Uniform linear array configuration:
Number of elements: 48
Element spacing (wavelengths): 0.25
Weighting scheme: blackman
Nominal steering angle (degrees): -45
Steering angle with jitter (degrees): -45.158
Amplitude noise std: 0.05
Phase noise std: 0.05

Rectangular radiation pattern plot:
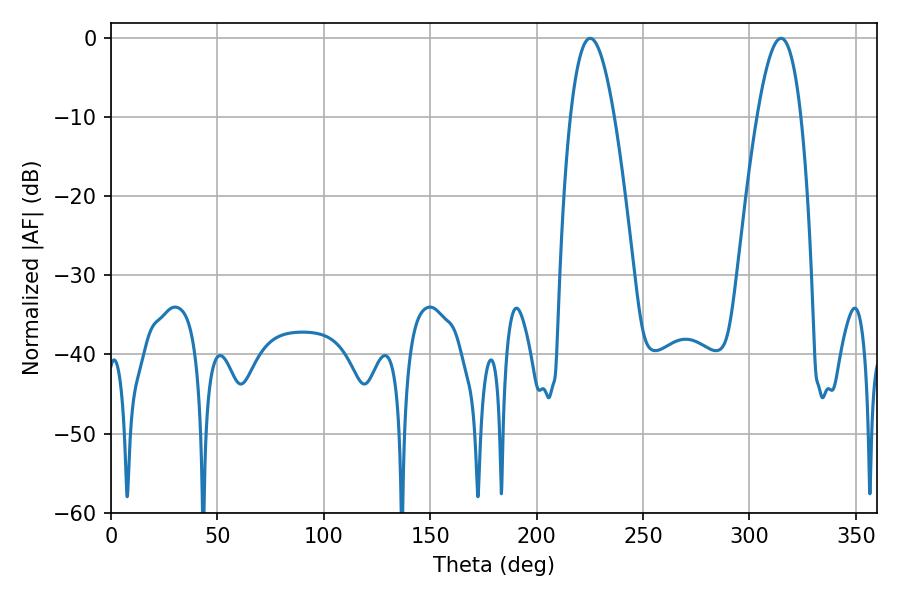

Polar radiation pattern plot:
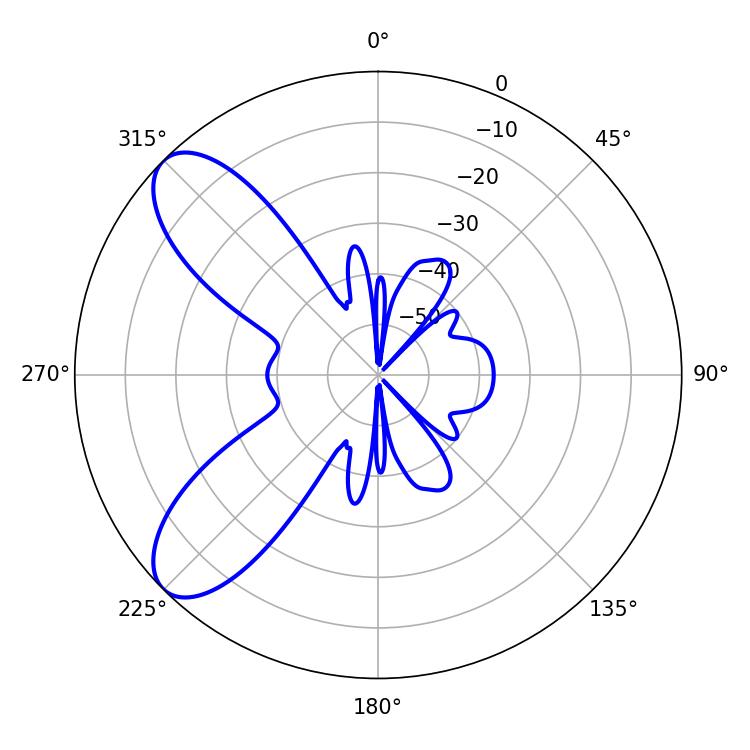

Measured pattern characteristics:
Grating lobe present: FALSE
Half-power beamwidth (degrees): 11.34
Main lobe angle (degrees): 225.18